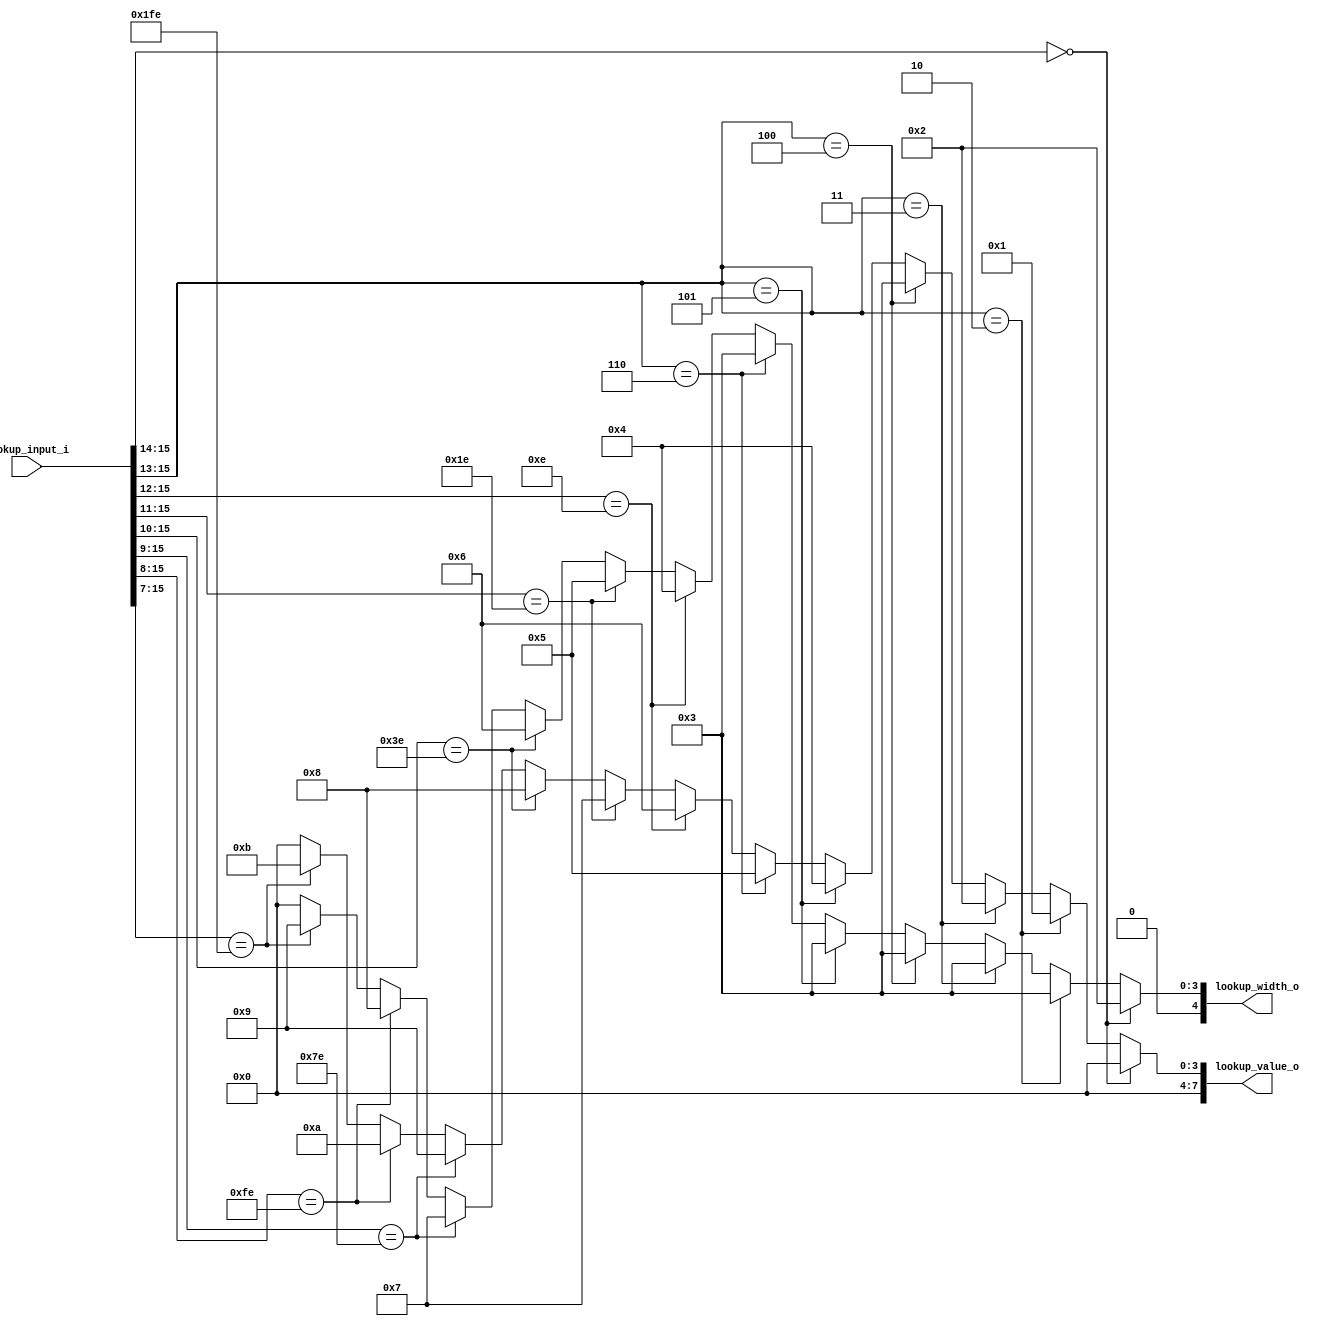
module jpeg_dht_std_y_dc
(
     input  [ 15:0]  lookup_input_i
    ,output [  4:0]  lookup_width_o
    ,output [  7:0]  lookup_value_o
);

//-----------------------------------------------------------------
// Y DC Table (standard)
//-----------------------------------------------------------------
reg [7:0] y_dc_value_r;
reg [4:0] y_dc_width_r;

always @ *
begin
    y_dc_value_r = 8'b0;
    y_dc_width_r = 5'b0;

    if (lookup_input_i[15:14] == 2'h0)
    begin
         y_dc_value_r = 8'h00;
         y_dc_width_r = 5'd2;
    end
    else if (lookup_input_i[15:13] == 3'h2)
    begin
         y_dc_value_r = 8'h01;
         y_dc_width_r = 5'd3;
    end
    else if (lookup_input_i[15:13] == 3'h3)
    begin
         y_dc_value_r = 8'h02;
         y_dc_width_r = 5'd3;
    end
    else if (lookup_input_i[15:13] == 3'h4)
    begin
         y_dc_value_r = 8'h03;
         y_dc_width_r = 5'd3;
    end
    else if (lookup_input_i[15:13] == 3'h5)
    begin
         y_dc_value_r = 8'h04;
         y_dc_width_r = 5'd3;
    end
    else if (lookup_input_i[15:13] == 3'h6)
    begin
         y_dc_value_r = 8'h05;
         y_dc_width_r = 5'd3;
    end
    else if (lookup_input_i[15:12] == 4'he)
    begin
         y_dc_value_r = 8'h06;
         y_dc_width_r = 5'd4;
    end
    else if (lookup_input_i[15:11] == 5'h1e)
    begin
         y_dc_value_r = 8'h07;
         y_dc_width_r = 5'd5;
    end
    else if (lookup_input_i[15:10] == 6'h3e)
    begin
         y_dc_value_r = 8'h08;
         y_dc_width_r = 5'd6;
    end
    else if (lookup_input_i[15:9] == 7'h7e)
    begin
         y_dc_value_r = 8'h09;
         y_dc_width_r = 5'd7;
    end
    else if (lookup_input_i[15:8] == 8'hfe)
    begin
         y_dc_value_r = 8'h0a;
         y_dc_width_r = 5'd8;
    end
    else if (lookup_input_i[15:7] == 9'h1fe)
    begin
         y_dc_value_r = 8'h0b;
         y_dc_width_r = 5'd9;
    end
end

assign lookup_width_o = y_dc_width_r;
assign lookup_value_o = y_dc_value_r;

endmodule